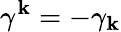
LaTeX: \gamma^{\mathbf{k}}=-\gamma_{\mathbf{k}}